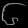
Digit: ၆